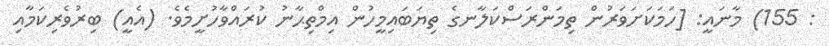
: 155) މާނައީ: [ހަމަކަށަވަރުން ތިމަންރަސްކަލާނގެ ތިޔަބައިމީހުން އިމްތިޙާނު ކުރައްވާހުށީމެވެ. (އެއީ) ބިރުވެރިކަމާއި